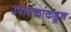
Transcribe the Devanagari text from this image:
उपासकांकडून